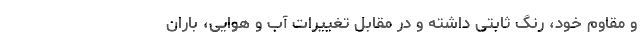
و مقاوم خود، رنگ ثابتی داشته و در مقابل تغییرات آب و هوایی، باران